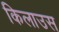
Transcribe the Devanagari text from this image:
किलाउस